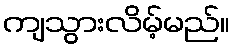
ကျသွားလိမ့်မည်။